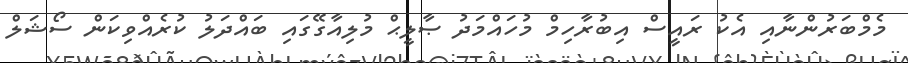
މެމްބަރުންނާއި އެކު ރައީސް އިބުރާހިމް މުހައްމަދު ޞާލީޙް މުލިއާގޭގައި ބައްދަލު ކުރެއްވިކަން ސޯޝަލް